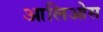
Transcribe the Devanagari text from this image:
आलिओस